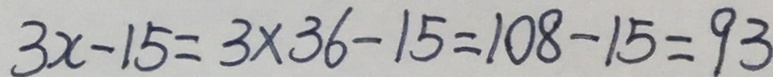
3 x - 1 5 = 3 \times 3 6 - 1 5 = 1 0 8 - 1 5 = 9 3